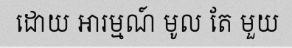
ដោយ អារម្មណ៍ មូល តែ មួយ